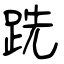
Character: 跣